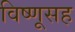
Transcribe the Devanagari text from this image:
विष्णूसह